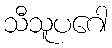
သီသူပဂေါ